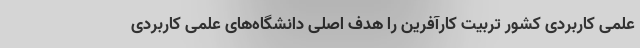
علمی کاربردی کشور تربیت کارآفرین را هدف اصلی دانشگاه‌های علمی کاربردی